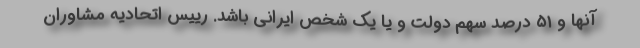
آنها و ۵۱ درصد سهم دولت و یا یک شخص ایرانی باشد. رییس اتحادیه مشاوران